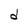
Character: d